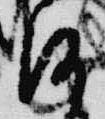
沙